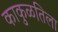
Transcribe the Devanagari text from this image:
काकुळतिला